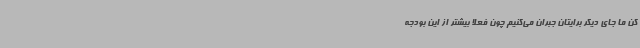
کن ما جای دیگر برایتان جبران می‌کنیم چون فعلاً بیشتر از این بودجه